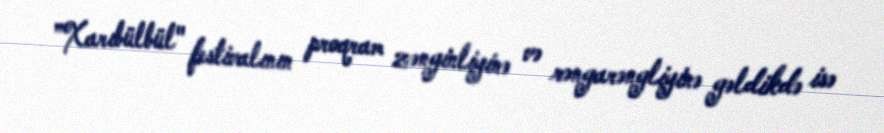
”Xarıbülbül" festivalının proqram zənginliyinə və rəngarəngliyinə gəldikdə isə